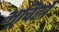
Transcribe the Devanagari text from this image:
भूचिह्नों